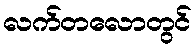
လက်တလောတွင်